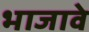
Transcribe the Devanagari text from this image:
भाजावे